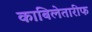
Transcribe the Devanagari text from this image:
काबिलेतारीफ